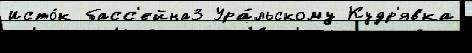
Исто́к басс'ейна3 Ура́льскому Кудр'явка